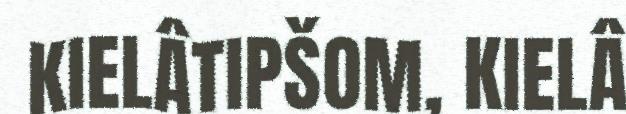
KIELÂTIPŠOM, KIELÂ